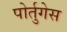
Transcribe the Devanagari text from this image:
पोर्तुगेस